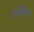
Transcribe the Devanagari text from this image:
ताक्सिन